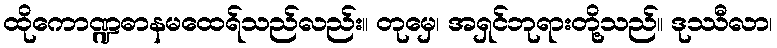
ထိုကောဏ္ဍဓာနမထေရ်သည်လည်း။ တုမှေ၊ အရှင်ဘုရားတို့သည်။ ဒုဿီလာ၊